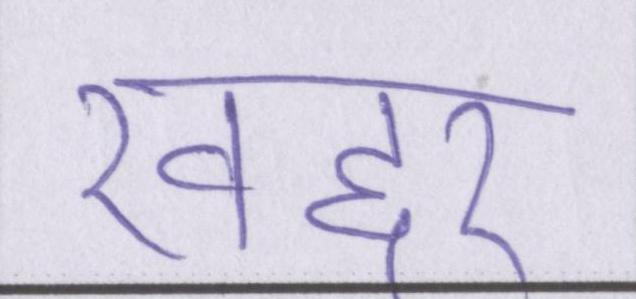
खद्दर